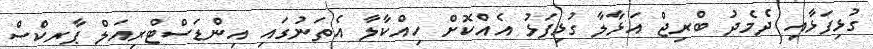
ގުޅިފަޅާއި ދެމެދު ބްރިޖް އަޅާލާ ގުޅިފަޅު އެއްކޮށް ހިއްކާލާ އެތަނުގައި އިންޑަސްޓްރިއަލް ޕާރކްސް